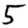
Digit: 5